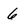
Character: 6